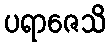
ပရာဇေသိ